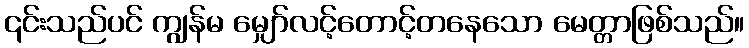
၎င်းသည်ပင် ကျွန်မ မျှော်လင့်တောင့်တနေသော မေတ္တာဖြစ်သည်။